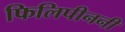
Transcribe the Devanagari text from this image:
फिलिपीननी